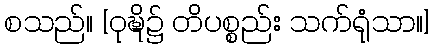
စသည်။ [ဝုဍ္ဎိ၌ တိပစ္စည်း သက်ရုံသာ။]